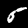
Label: 5